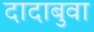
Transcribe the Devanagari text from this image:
दादाबुवा